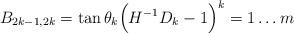
LaTeX: \begin{align*} B_{2k-1,2k} = \tan \theta_k \Big( H^{-1} D_k - 1\Big) \sp k=1 \ldots m\end{align*}